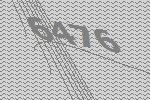
6476